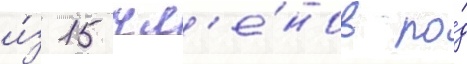
и́з 15 чл'е́нов по́д